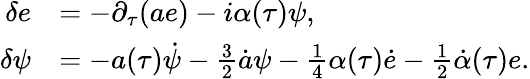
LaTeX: \begin{array}{rl}{{\delta e}}&{{=-\partial_{\tau}(ae)-{i}\alpha(\tau)\psi,}}\\ {{\delta\psi}}&{{=-a(\tau)\dot{\psi}-{\frac{3}{2}}\dot{a}\psi-{\frac{1}{4}}\alpha(\tau)\dot{e}-{\frac{1}{2}}\dot{\alpha}(\tau)e.}}\end{array}